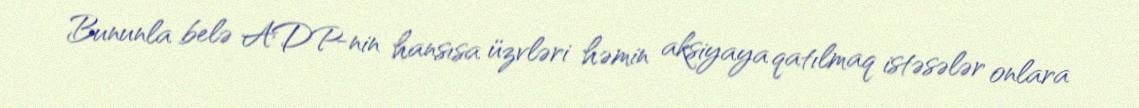
Bununla belə ADP-nin hansısa üzvləri həmin aksiyaya qatılmaq istəsələr onlara